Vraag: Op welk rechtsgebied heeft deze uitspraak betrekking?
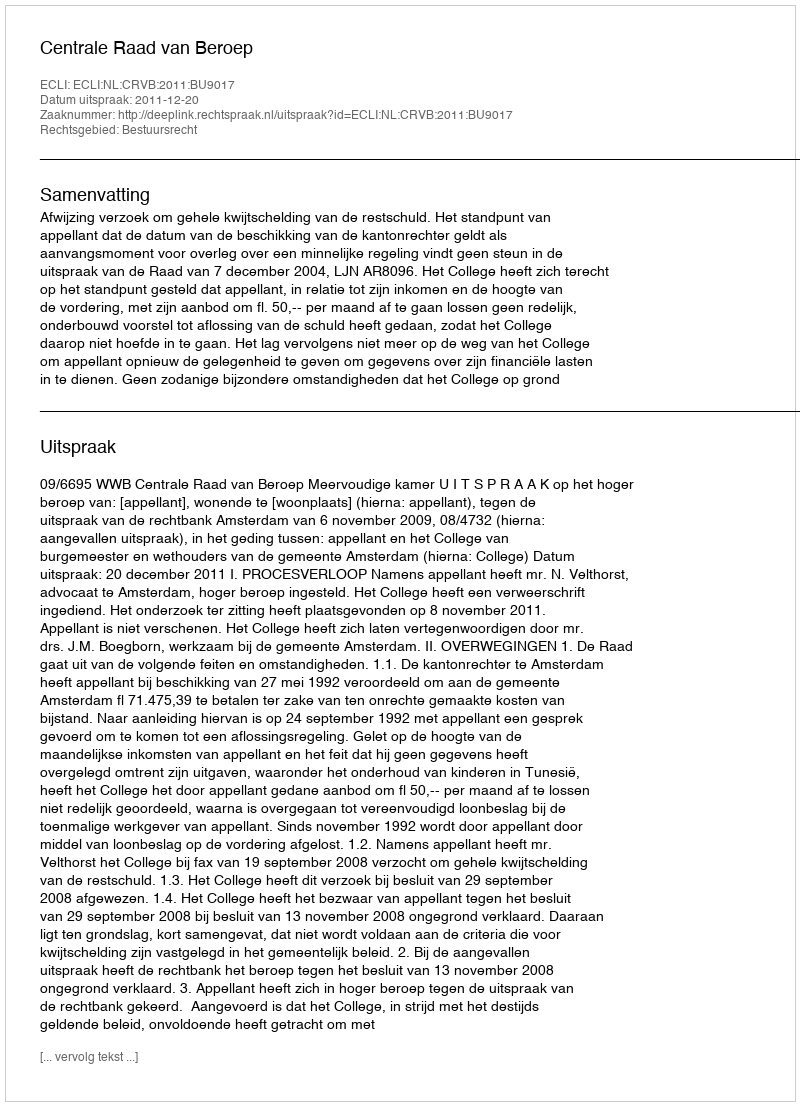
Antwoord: Bestuursrecht